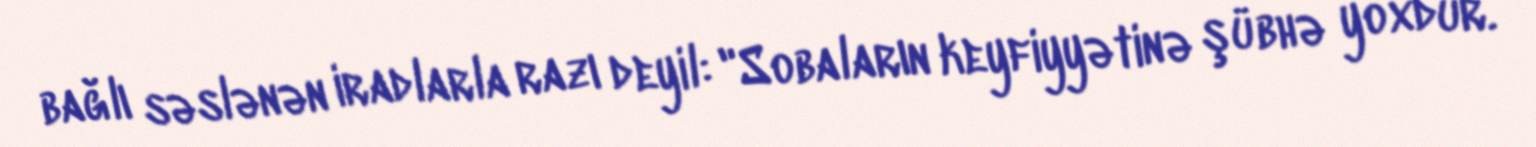
bağlı səslənən iradlarla razı deyil: "Sobaların keyfiyyətinə şübhə yoxdur.